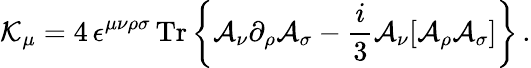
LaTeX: {\cal K}_{\mu}=4\, \epsilon^{\mu\nu\rho\sigma}\, \mathrm{Tr}\left\{ {\cal A}_{\nu}\partial_{\rho}{\cal A}_{\sigma}-\frac{i}{3}{\cal A}_{\nu}[{\cal A}_{\rho}{\cal A}_{\sigma}]\right\} \, .